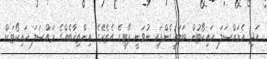
އަދި އެމައްސަލަ ހައިކޯޓުން ބަލައިގެންފައި ނުވަނީ ޕާޓީގެ އެތެރޭގެ އިންތިޚާބެއްގެ މައްސަލަ ހައިކޯޓަށް